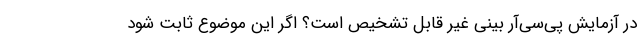
در آزمایش پی‌سی‌آر بینی غیر قابل تشخیص است؟ اگر این موضوع ثابت شود